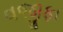
વજીફા